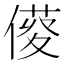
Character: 𠍑